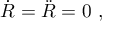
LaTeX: { \dot { R } } = { \ddot { R } } = 0 \ ,